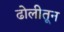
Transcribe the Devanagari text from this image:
ढोलीतून